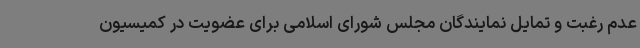
عدم رغبت و تمایل نمایندگان مجلس شورای اسلامی برای عضویت در کمیسیون